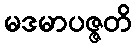
မဒမာပဇ္ဇတိ